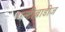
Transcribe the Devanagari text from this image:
एन्टीबाडीज